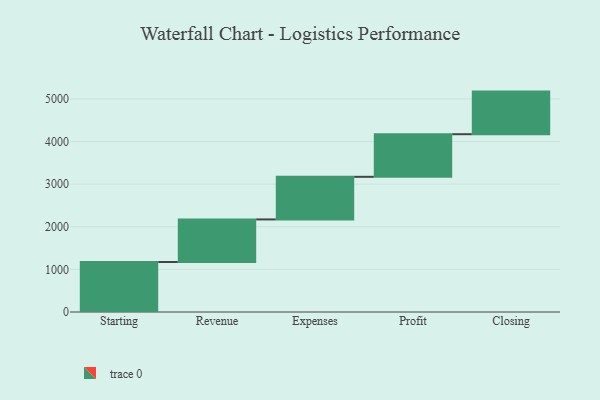
{"axis": {"x": "Step", "y": "Value"}, "legend": [""], "data": [{"x": "Starting", "y": 1173.0, "type": ""}, {"x": "Revenue", "y": 1000, "type": ""}, {"x": "Expenses", "y": 1000, "type": ""}, {"x": "Profit", "y": 1000, "type": ""}, {"x": "Closing", "y": 1000, "type": ""}]}